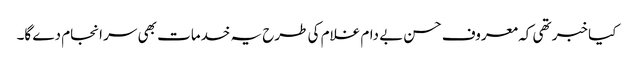
کیا خبر تھی کہ معروف حسن بے دام غلام کی طرح یہ خدمات بھی سر انجام دے گا۔